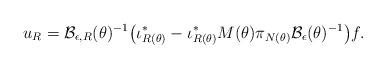
LaTeX: \begin{align*}u_R = \mathcal{B}_{\epsilon,R}(\theta)^{-1} \big( \iota^*_{R(\theta)} - \iota^*_{R(\theta)} M(\theta) \pi_{N(\theta)}\mathcal{B}_{\epsilon}(\theta)^{-1} \big) f.\end{align*}